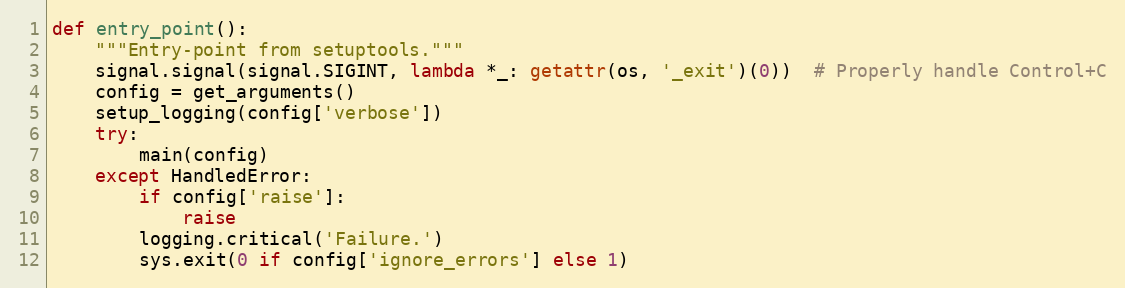
Language: Python
def entry_point():
    """Entry-point from setuptools."""
    signal.signal(signal.SIGINT, lambda *_: getattr(os, '_exit')(0))  # Properly handle Control+C
    config = get_arguments()
    setup_logging(config['verbose'])
    try:
        main(config)
    except HandledError:
        if config['raise']:
            raise
        logging.critical('Failure.')
        sys.exit(0 if config['ignore_errors'] else 1)